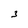
Character: 3